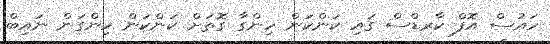
ހައުސް އޮފް ކާރޑްސް ގައި ކަންކަން ހިންގާ ގޮތަށް ކަންކަން ހިންގަން ނައިބް